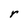
Character: r